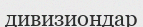
дивизиондар